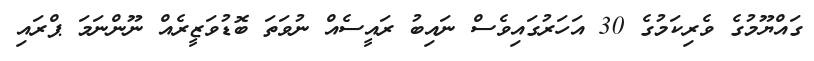
ގައްޔޫމުގެ ވެރިކަމުގެ 30 އަހަރުގައިވެސް ނައިބު ރައީސެއް ނުވަތަ ބޮޑުވަޒީރެއް ނޫންނަމަ ޕްރައި